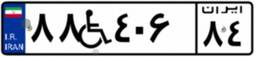
۹۷W۴۴۰۴۷